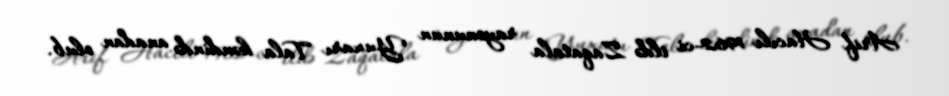
Arif Hacılı 1962-ci ildə Zaqatala rayonunun Yuxarı Tala kəndində anadan olub.